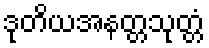
ဒုတိယအနတ္တသုတ္တံ